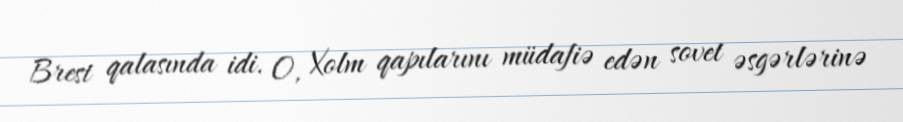
Brest qalasında idi. O, Xolm qapılarını müdafiə edən sovet əsgərlərinə